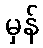
မှန်